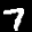
Label: 7